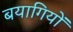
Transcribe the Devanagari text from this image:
बयागियों